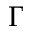
\Gamma